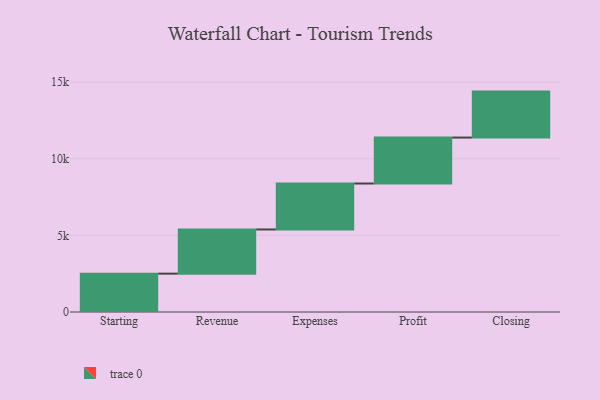
{"axis": {"x": "Step", "y": "Value"}, "legend": [""], "data": [{"x": "Starting", "y": 2504.0, "type": ""}, {"x": "Revenue", "y": 2883.0, "type": ""}, {"x": "Expenses", "y": 3000, "type": ""}, {"x": "Profit", "y": 3000, "type": ""}, {"x": "Closing", "y": 3000, "type": ""}]}